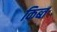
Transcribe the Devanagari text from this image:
किब्त